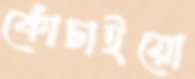
কোঁচাইয়ো